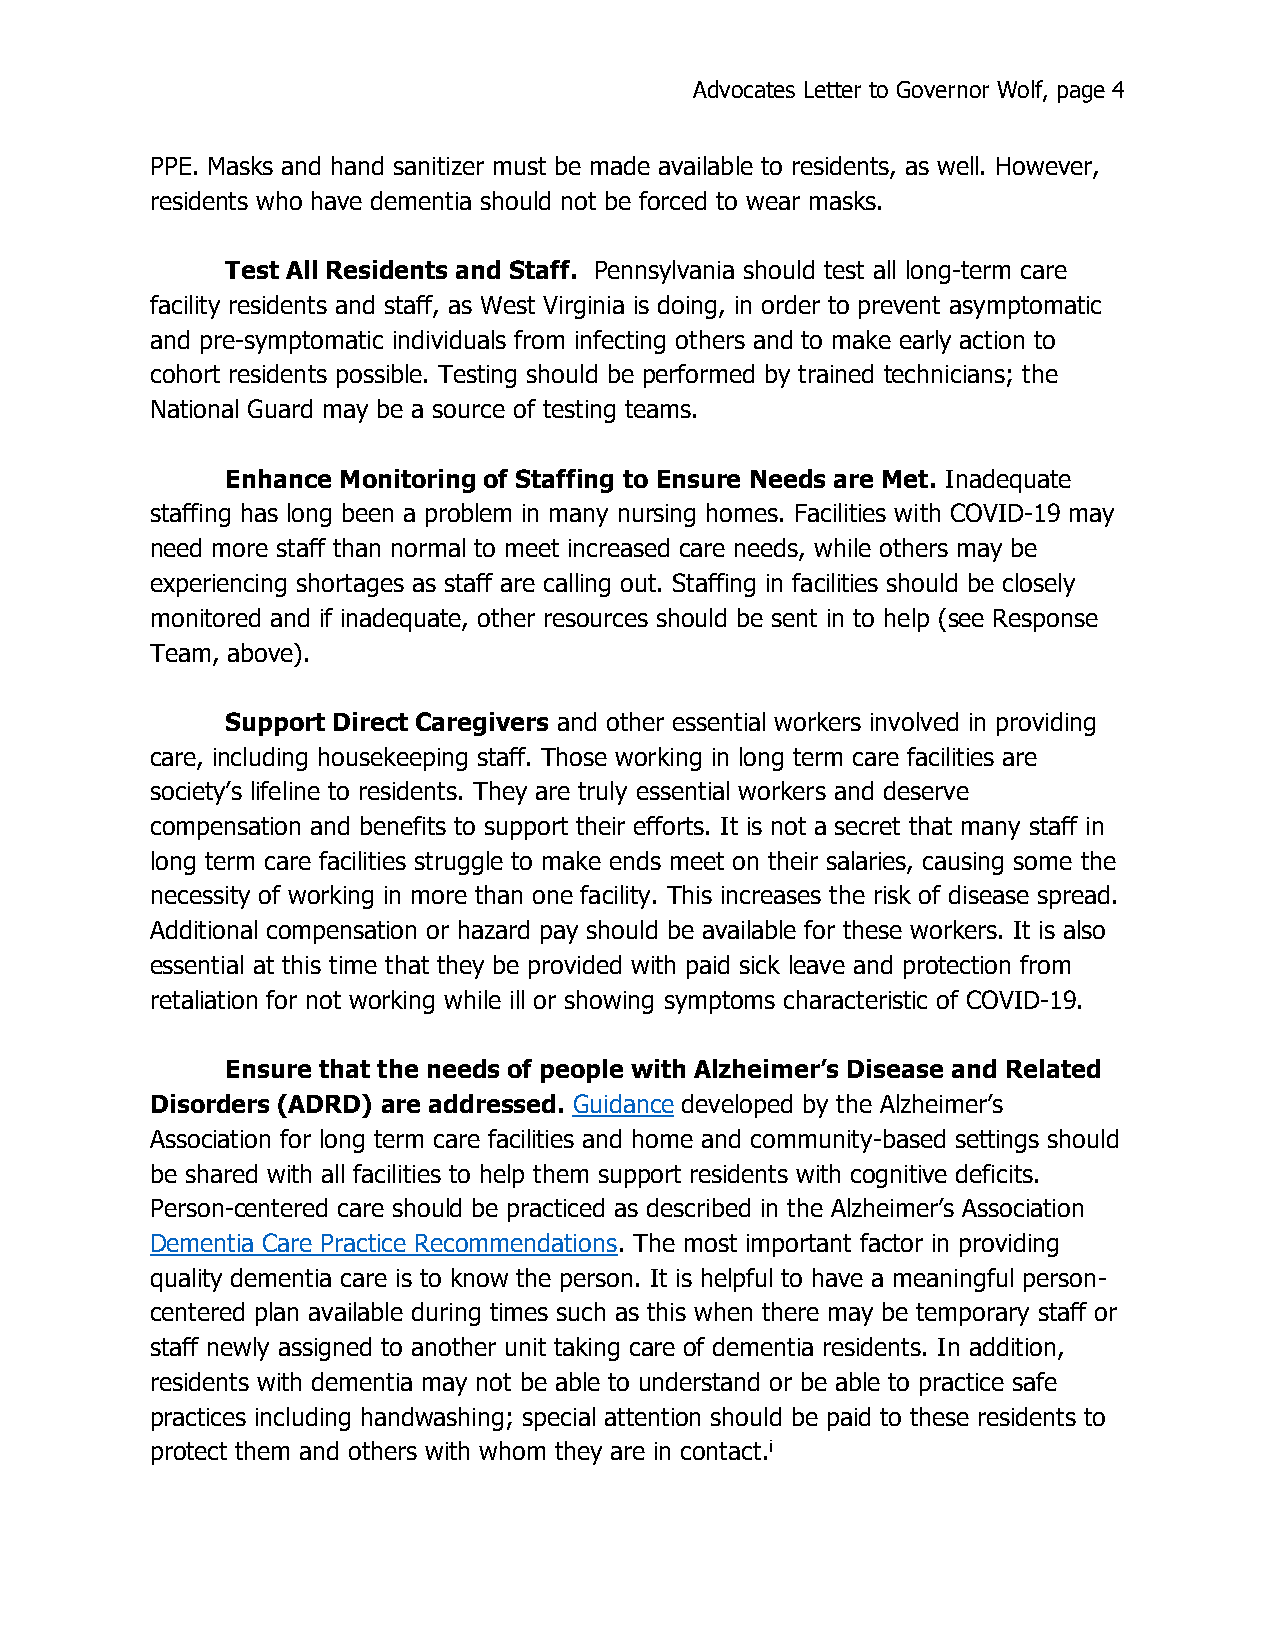
Advocates Letter to Governor Wolf, page 4
 PPE. Masks and hand sanitizer must be made available to residents, as well. However,
 residents who have dementia should not be forced to wear masks.
 Test All Residents and Staff. Pennsylvania should test all long-term care
 facility residents and staff, as West Virginia is doing, in order to prevent asymptomatic
 and pre-symptomatic individuals from infecting others and to make early action to
 cohort residents possible. Testing should be performed by trained technicians; the
 National Guard may be a source of testing teams.
 Enhance Monitoring of Staffing to Ensure Needs are Met. Inadequate
 staffing has long been a problem in many nursing homes. Facilities with COVID-19 may
 need more staff than normal to meet increased care needs, while others may be
 experiencing shortages as staff are calling out. Staffing in facilities should be closely
 monitored and if inadequate, other resources should be sent in to help (see Response
 Team, above).
 Support Direct Caregivers and other essential workers involved in providing
 care, including housekeeping staff. Those working in long term care facilities are
 society’s lifeline to residents. They are truly essential workers and deserve
 compensation and benefits to support their efforts. It is not a secret that many staff in
 long term care facilities struggle to make ends meet on their salaries, causing some the
 necessity of working in more than one facility. This increases the risk of disease spread.
 Additional compensation or hazard pay should be available for these workers. It is also
 essential at this time that they be provided with paid sick leave and protection from
 retaliation for not working while ill or showing symptoms characteristic of COVID-19.
 Ensure that the needs of people with Alzheimer’s Disease and Related
 Disorders (ADRD) are addressed. Guidance developed by the Alzheimer’s
 Association for long term care facilities and home and community-based settings should
 be shared with all facilities to help them support residents with cognitive deficits.
 Person-centered care should be practiced as described in the Alzheimer’s Association
 Dementia Care Practice Recommendations. The most important factor in providing
 quality dementia care is to know the person. It is helpful to have a meaningful person-
 centered plan available during times such as this when there may be temporary staff or
 staff newly assigned to another unit taking care of dementia residents. In addition,
 residents with dementia may not be able to understand or be able to practice safe
 practices including handwashing; special attention should be paid to these residents to
 protect them and others with whom they are in contact.i